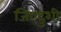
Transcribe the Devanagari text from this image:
जिएदुशी